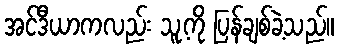
အင်ဒီယာကလည်း သူ့ကို ပြန်ချစ်ခဲ့သည်။